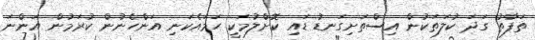
ތަފާތު ގަދަ ކުލަތަކުން އިސްތަށިގަނޑު ޑައި ކޮށްލުމަކީ ހަމައެކަނި އަންހެނުން ކުރަމުން އަންނަ